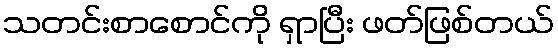
သတင်းစာစောင်ကို ရှာပြီး ဖတ်ဖြစ်တယ်